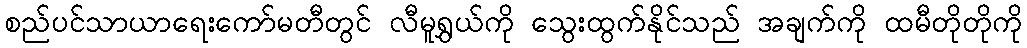
စည်ပင်သာယာရေးကော်မတီတွင် လီမူရွှယ်ကို သွေးထွက်နိုင်သည် အချက်ကို ထမီတိုတိုကို